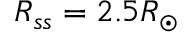
R _ { s s } = 2 . 5 R _ { \odot }